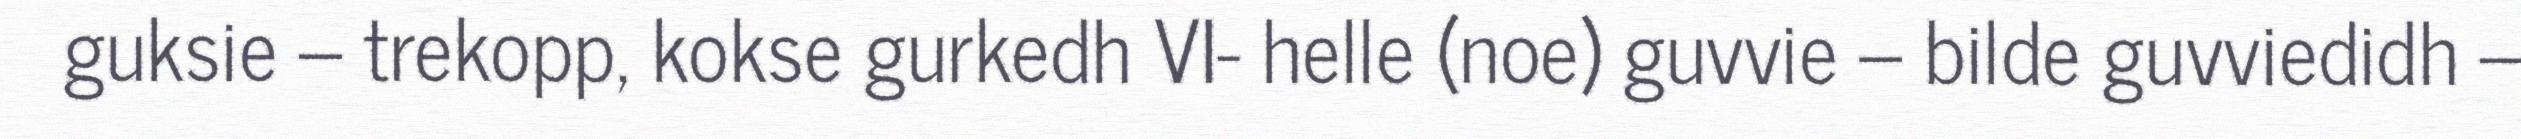
guksie – trekopp, kokse gurkedh VI- helle (noe) guvvie – bilde guvviedidh –